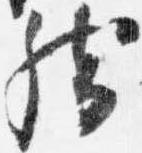
然